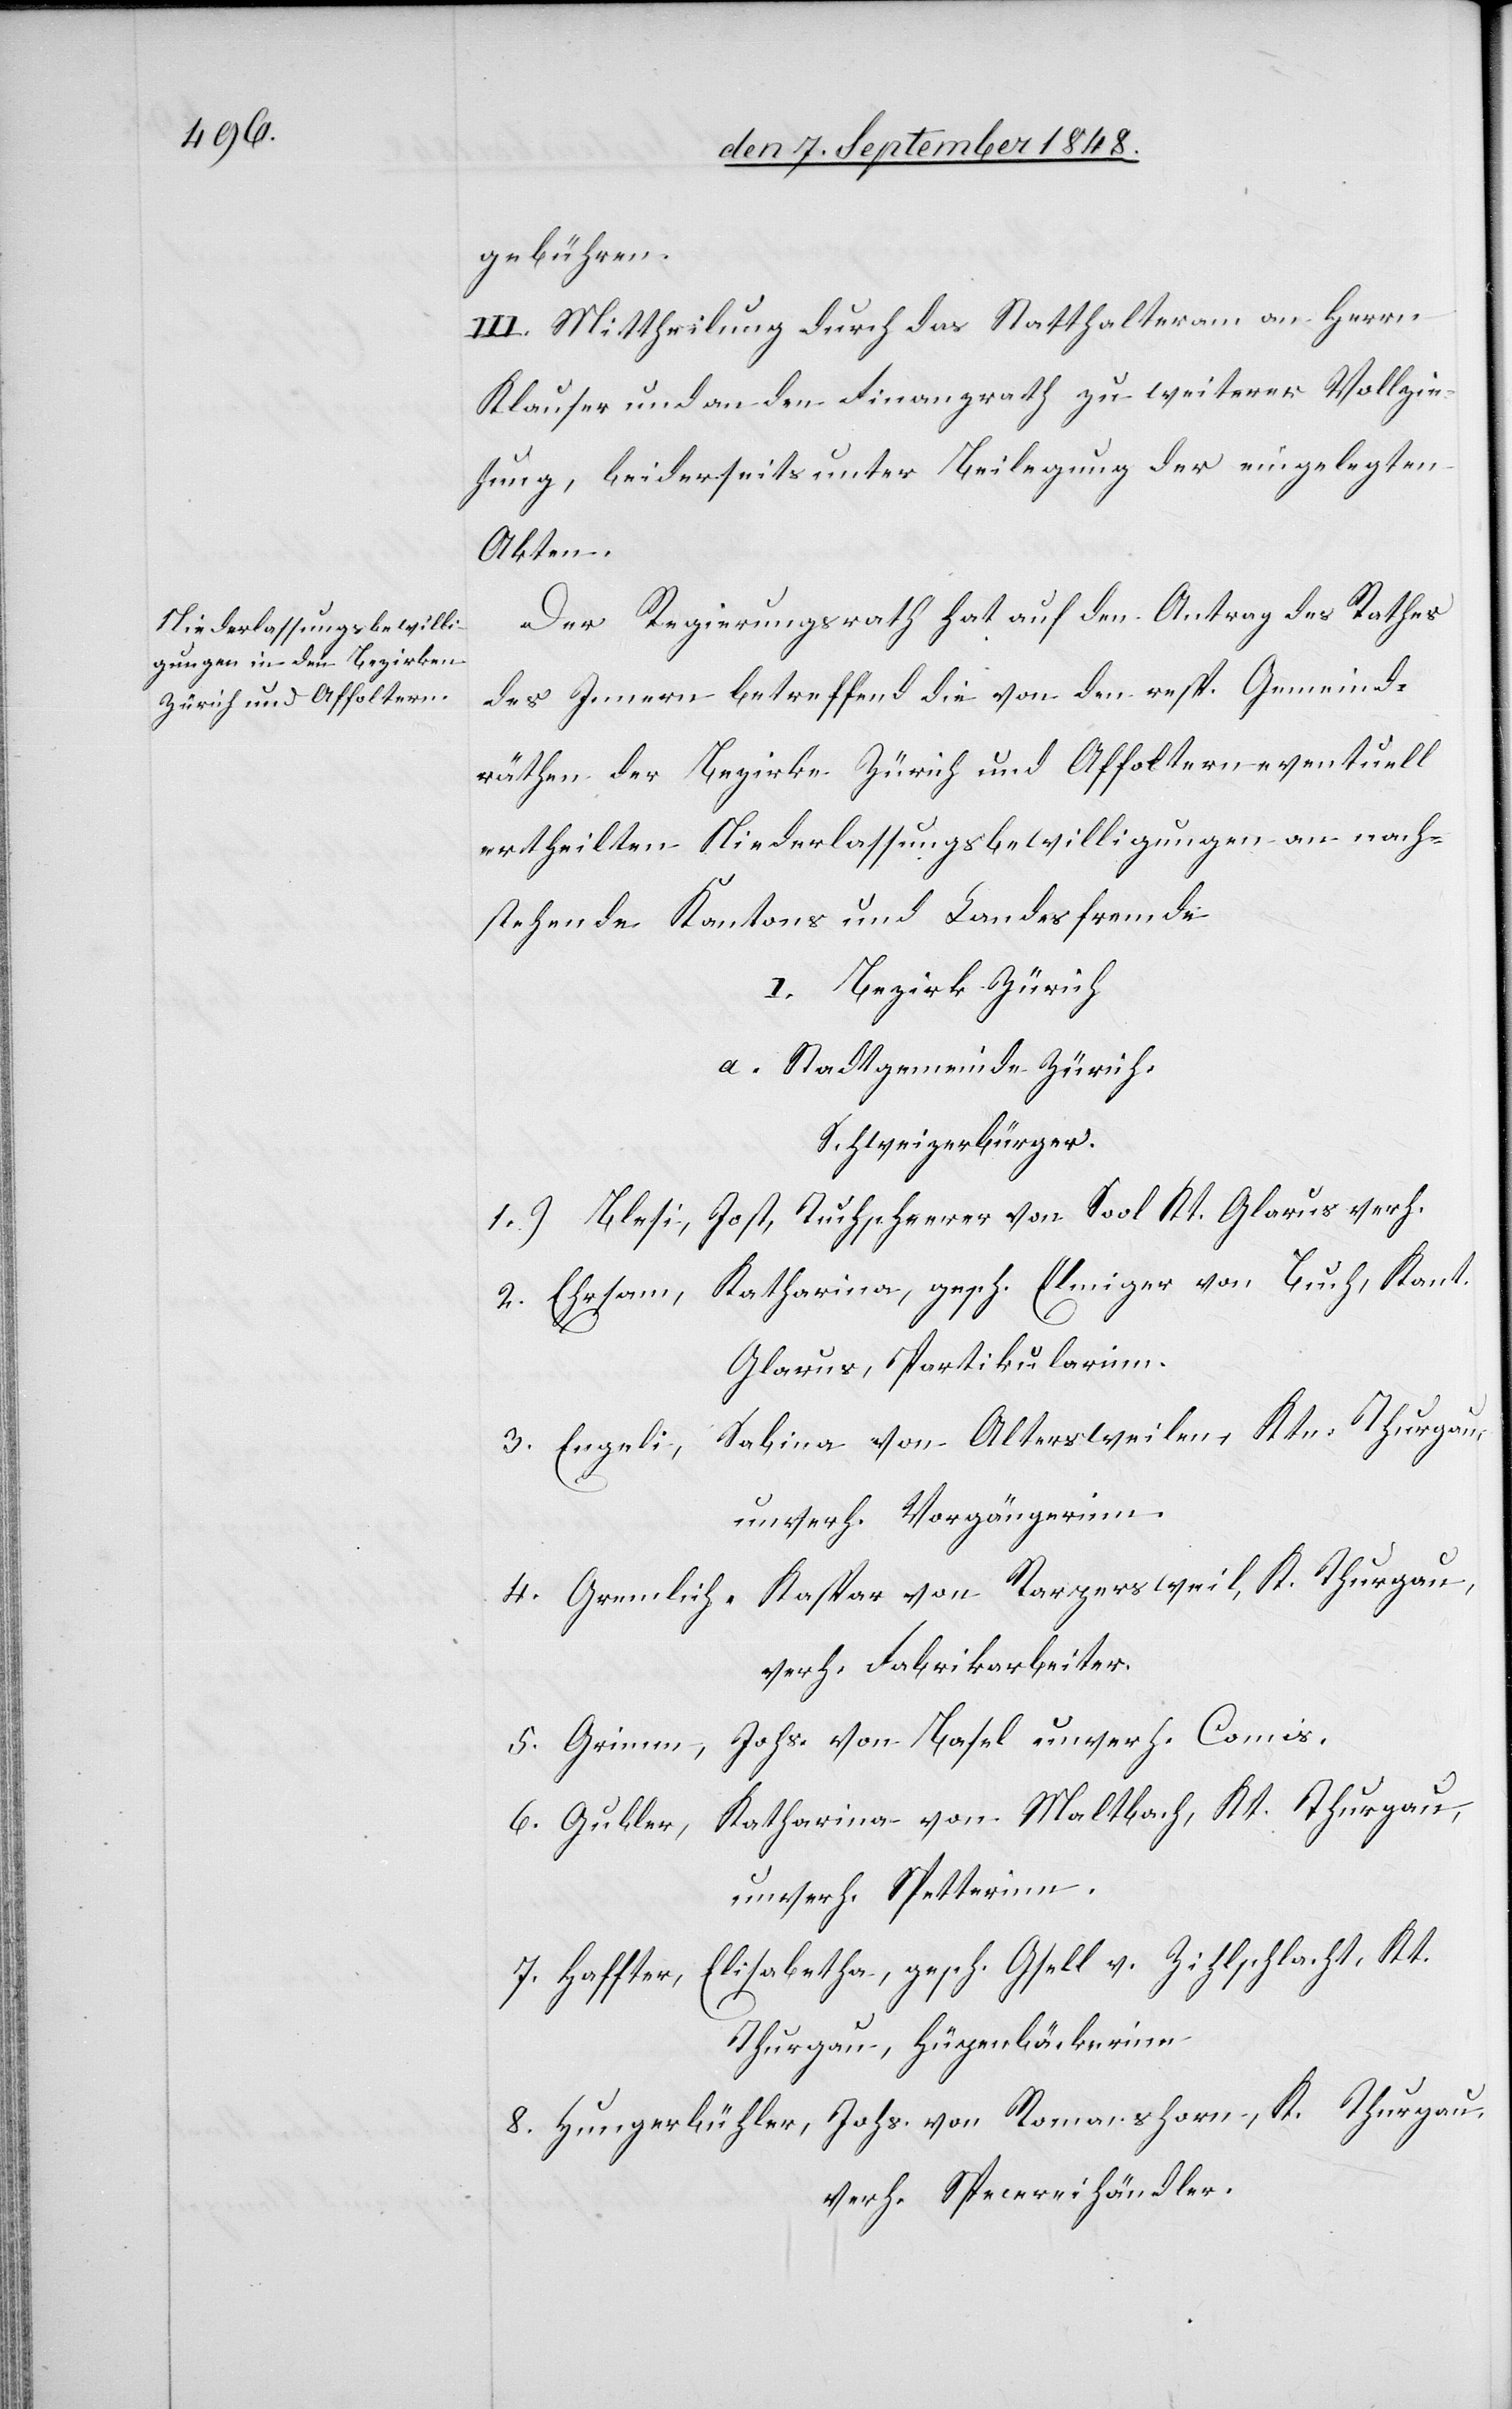
gebühren.
III. Mittheilung durch das Statthalteram[t] an Herrn
Klauser und an den Finanzrath zu weiterer Vollzie¬
hung, beiderseits unter Beilegung der eingelegten
Akten.
Der Regierungsrath hat auf den Antrag des Rathes
des Innern betreffend die von den resp. Gemeinds¬
räthen der Bezirke Zürich und Affoltern eventuell
erteilten Niederlassungsbewilligungen an nach¬
stehende Kantons und Landesfremde
I. Bezirk Zürich
a. Stadtgemeinde Zürich.
Schweizerbürger.
1.) Blesi, Jost, Tuchscherrer von Sool Kt. Glarus verh.
2. Ehrsam, Katharina, gesch. Elmiger von Buch, Kant.
Glarus, Partikularinn.
Sabina von Altersweilen, Ktn. Thurgau,
3. Engeli,
unverh. Vorgängerinn.
4. Gremlich, Kaspar von Rapersweil, K. Thurgau,
5. Grimm, Johs. von Basel unverh. Comis.
6. Gubler, Katharina von Maltbach, Kt. Thurgau,
unverh. Spetterinn.
7. Haffter, Elisabetha, gesch. Gfell von Zihlschlacht, Kt.
Thurgau, Hügenbäckerinn.
8. Hungerbühler, Johs. von Romanshorn, K. Thurgau
verh. Specereihändler.